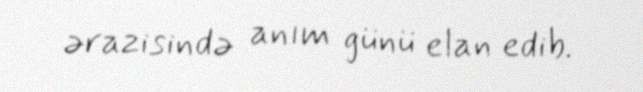
ərazisində anım günü elan edib.